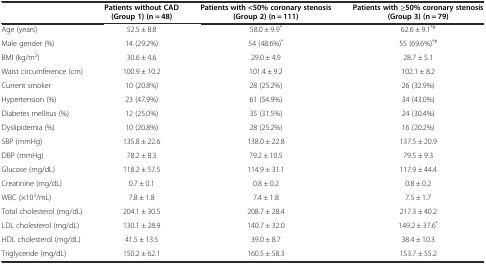
<table><thead><tr><td></td><td><b>Patients without CAD (Group 1) (n = 48)</b></td><td><b>Patients with &lt;50% coronary stenosis (Group 2) (n = 111)</b></td><td><b>Patients with ≥50% coronary stenosis (Group 3) (n = 79)</b></td></tr></thead><tbody><tr><td>Age (years)</td><td>52.5 ± 8.8</td><td>58.0 ± 9.9<sup>*</sup></td><td>62.6 ± 9.1<sup>*#</sup></td></tr><tr><td>Male gender (%)</td><td>14 (29.2%)</td><td>54 (48.6%)<sup>*</sup></td><td>55 (69.6%)<sup>*#</sup></td></tr><tr><td>BMI (kg/m<sup>2</sup>)</td><td>30.6 ± 4.6</td><td>29.0 ± 4.9</td><td>28.7 ± 5.1</td></tr><tr><td>Waist circumference (cm)</td><td>100.9 ± 10.2</td><td>101.4 ± 9.2</td><td>102.1 ± 8.2</td></tr><tr><td>Current smoker</td><td>10 (20.8%)</td><td>28 (25.2%)</td><td>26 (32.9%)</td></tr><tr><td>Hypertension (%)</td><td>23 (47.9%)</td><td>61 (54.9%)</td><td>34 (43.0%)</td></tr><tr><td>Diabetes mellitus (%)</td><td>12 (25.0%)</td><td>35 (31.5%)</td><td>24 (30.4%)</td></tr><tr><td>Dyslipidemia (%)</td><td>10 (20.8%)</td><td>28 (25.2%)</td><td>16 (20.2%)</td></tr><tr><td>SBP (mmHg)</td><td>135.8 ± 22.6</td><td>138.0 ± 22.8</td><td>137.5 ± 20.9</td></tr><tr><td>DBP (mmHg)</td><td>78.2 ± 8.3</td><td>79.2 ± 10.5</td><td>79.5 ± 9.3</td></tr><tr><td>Glucose (mg/dL)</td><td>118.2 ± 57.5</td><td>114.9 ± 31.1</td><td>117.9 ± 44.4</td></tr><tr><td>Creatinine (mg/dL)</td><td>0.7 ± 0.1</td><td>0.8 ± 0.2</td><td>0.8 ± 0.2</td></tr><tr><td>WBC (×10<sup>3</sup>/mL)</td><td>7.8 ± 1.8</td><td>7.4 ± 1.8</td><td>7.5 ± 1.7</td></tr><tr><td>Total cholesterol (mg/dL)</td><td>204.1 ± 30.5</td><td>208.7 ± 28.4</td><td>217.3 ± 40.2</td></tr><tr><td>LDL cholesterol (mg/dL)</td><td>130.1 ± 28.9</td><td>140.7 ± 32.0</td><td>149.2 ± 37.6<sup>*</sup></td></tr><tr><td>HDL cholesterol (mg/dL)</td><td>41.5 ± 13.5</td><td>39.0 ± 8.7</td><td>38.4 ± 10.3</td></tr><tr><td>Triglyceride (mg/dL)</td><td>150.2 ± 62.1</td><td>160.5 ± 58.3</td><td>153.7 ± 55.2</td></tr></tbody></table>